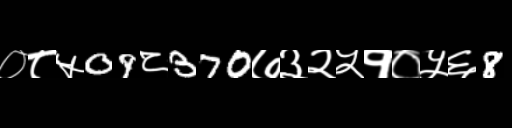
Text: ०८५09८370७३२५१०५६8